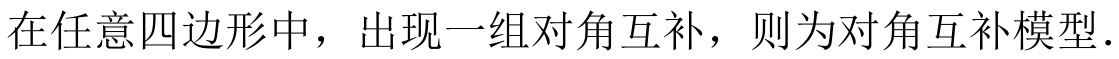
在任意四边形中，出现一组对角互补，则为对角互补模型.